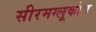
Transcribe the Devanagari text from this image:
सीरमग्लूकोज़